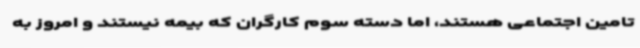
تامین اجتماعی هستند، اما دسته سوم کارگران که بیمه نیستند و امروز به